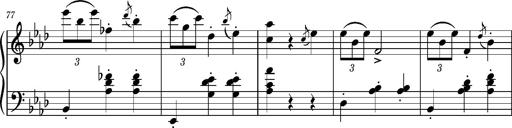
Title: Petite valse favorite
Composer: Franz Liszt
Key: A-flat major